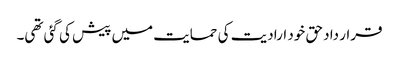
قرار داد حق خود ارادیت کی حمایت میں پیش کی گئی تھی۔